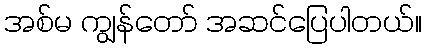
အစ်မ ကျွန်တော် အဆင်ပြေပါတယ်။